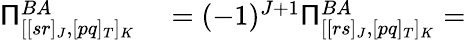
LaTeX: \begin{array}{rl}{\mathsf{\Pi}_{[[sr]_{J},[pq]_{T}]_{K}}^{BA}}&{{}=(-1)^{J+1}\mathsf{\Pi}_{[[rs]_{J},[pq]_{T}]_{K}}^{BA}=}\end{array}